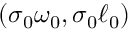
( \sigma _ { 0 } \omega _ { 0 } , \sigma _ { 0 } \ell _ { 0 } )